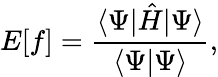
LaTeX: E[f]=\frac{\langle\Psi|\hat{H}|\Psi\rangle}{\langle\Psi|\Psi\rangle},